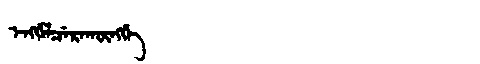
Manchu: ᡝᠩᡤᡝᠯᠴᡝᡵᠠᡴᡡᠩᡤᡝ
Romanization: ENGGELCERAKŪNGGE